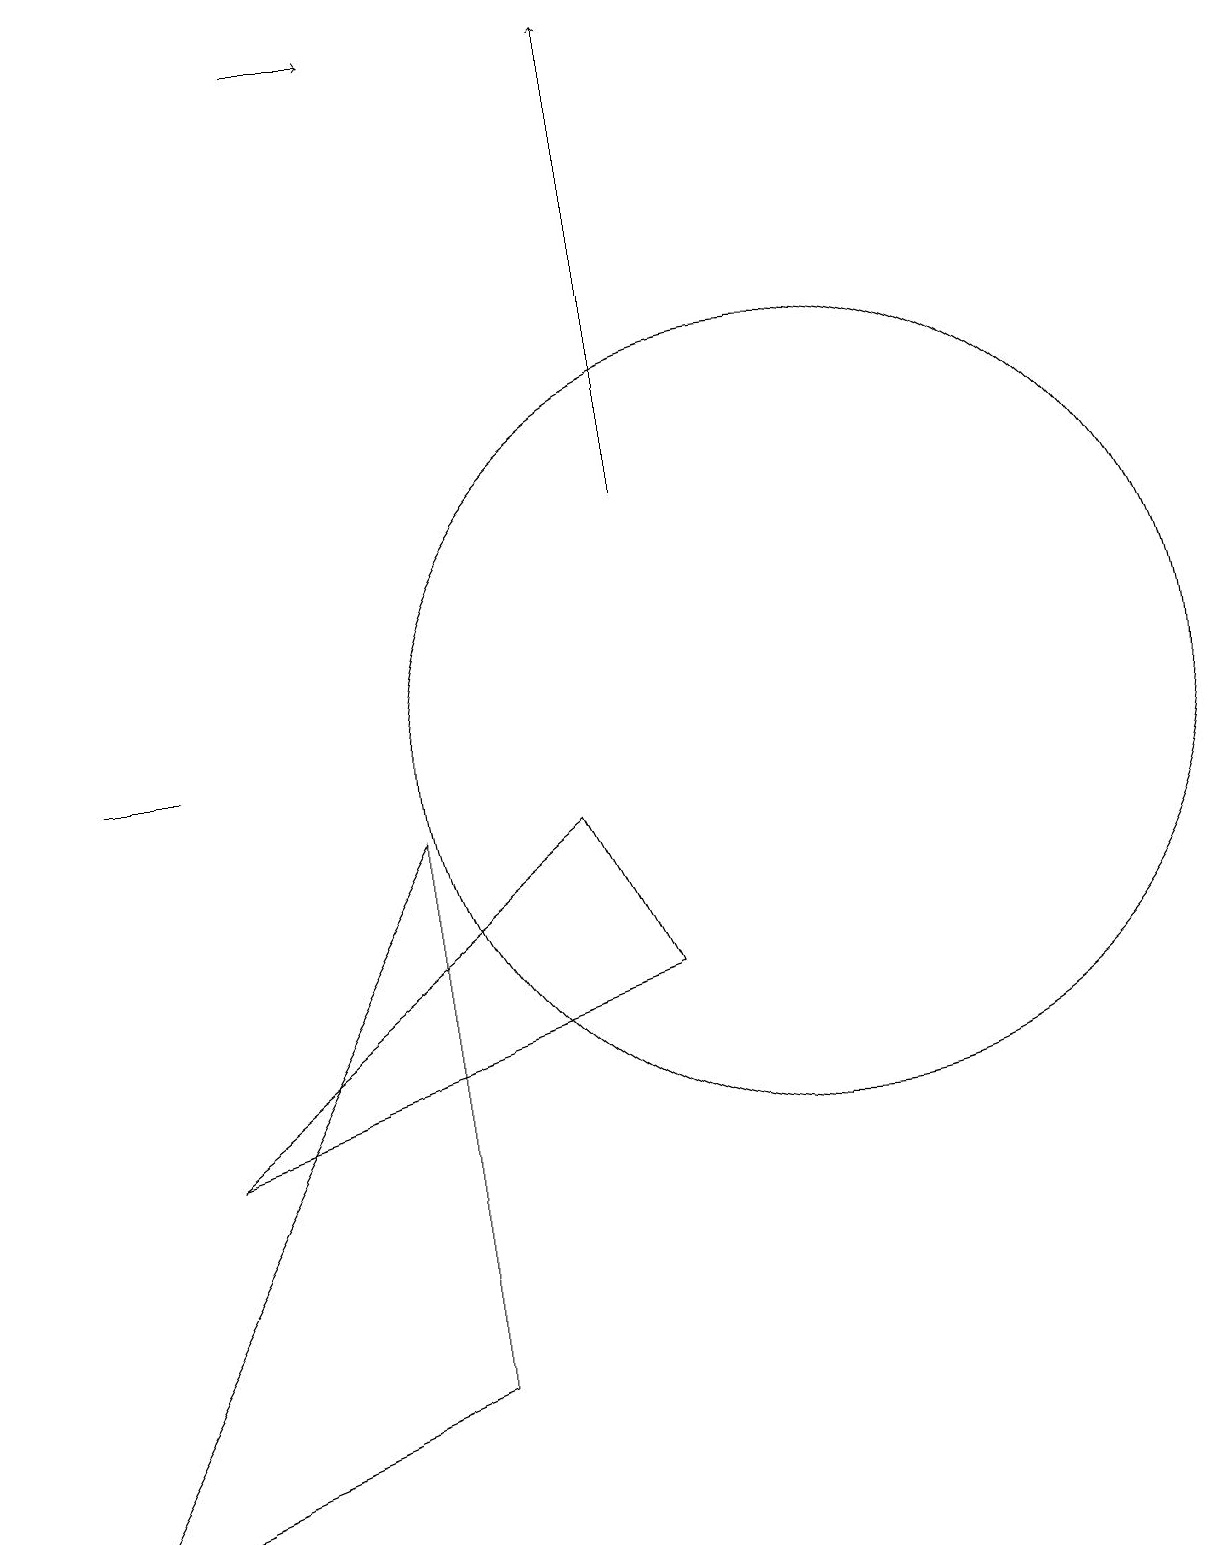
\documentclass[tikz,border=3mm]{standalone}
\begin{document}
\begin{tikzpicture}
\draw[->] (9,13) -- (9,19);
\draw (8,9) -- (3,5) -- (9,7) -- cycle;
\draw[->] (5,19) -- (6,19);
\draw (1,0) -- (6,2) -- (6,9) -- cycle;
\draw (2,10) rectangle (3,10);
\draw (11,10) circle (5);
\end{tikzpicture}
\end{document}